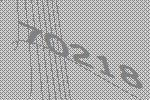
70218